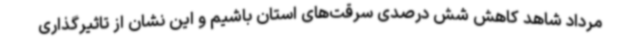
مرداد شاهد کاهش شش درصدی سرقت‌های استان باشیم و این نشان از تاثیرگذاری